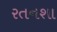
રતનશા